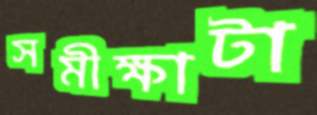
সমীক্ষাটা